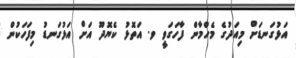
އަޅުގަނޑަށް މިއަދުގެ މެހްމާން ފާހަގަވީ ވ. އަތޮޅު ކެޔޮދޫ އަށް އަޅުގަނޑު މިފަހަކުން